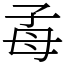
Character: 𣫮